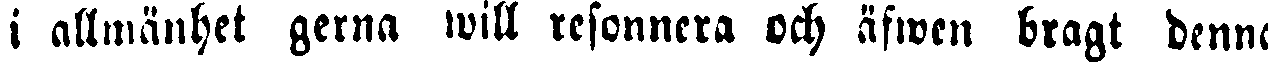
i allmänhet gerna will resonnera och äfwen bragt denna